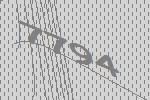
7794